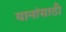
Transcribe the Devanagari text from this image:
यानांसाठी